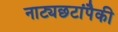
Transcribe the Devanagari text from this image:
नाट्यछटांपैकी